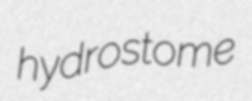
hydrostome